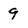
Character: 9